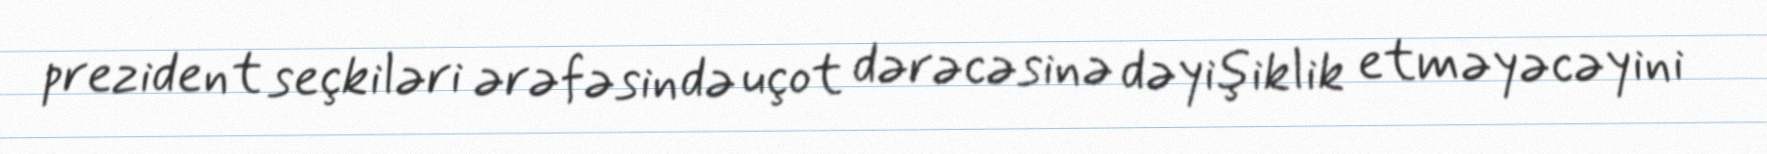
prezident seçkiləri ərəfəsində uçot dərəcəsinə dəyişiklik etməyəcəyini